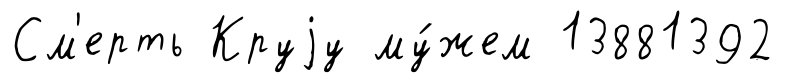
См'ерть Круjу му́жем 13881392